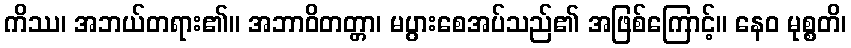
ကိဿ၊ အဘယ်တရား၏။ အဘာဝိတတ္တာ၊ မပွားစေအပ်သည်၏ အဖြစ်ကြောင့်။ နေဝ မုစ္စတိ၊